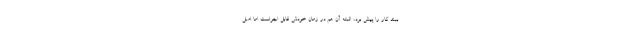
ببند کار را پیش برد، البته آن هم در زمان خودش قابل اجراست اما اصل